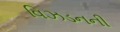
વિઝડનની